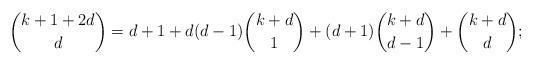
LaTeX: \begin{align*}\binom{k+1+2d}{d}&=d+1+d(d-1)\binom{k+d}{1}+(d+1)\binom{k+d}{d-1}+\binom{k+d}{d};\end{align*}